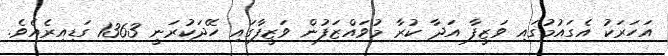
އަހަރަކު އެގައުމުގައި ވަޒީފާ އަދާ ކުރާ މުވައްޒަފުން ވަޒީފާގައި ހޭދަކުރަނީ 1363 ގަޑިއިރެއެވެ.